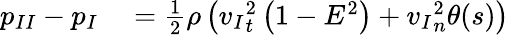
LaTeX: \begin{array}{rl}{{p_{II}}-{p_{I}}}&{{}={}\frac{1}{2}\rho\left({v_{I}}_{t}^{2}\left(1-E^{2}\right)+{v_{I}}_{n}^{2}\theta(s)\right)}\end{array}